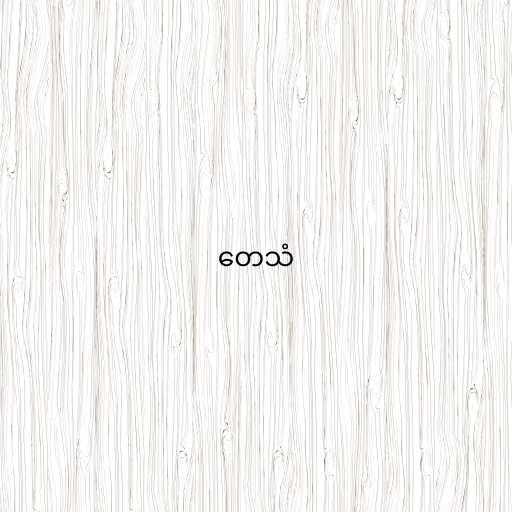
တေသံ